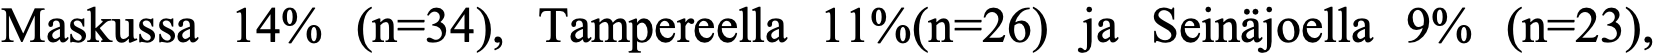
Maskussa 14% (n=34), Tampereella 11%(n=26) ja Seinäjoella 9% (n=23),